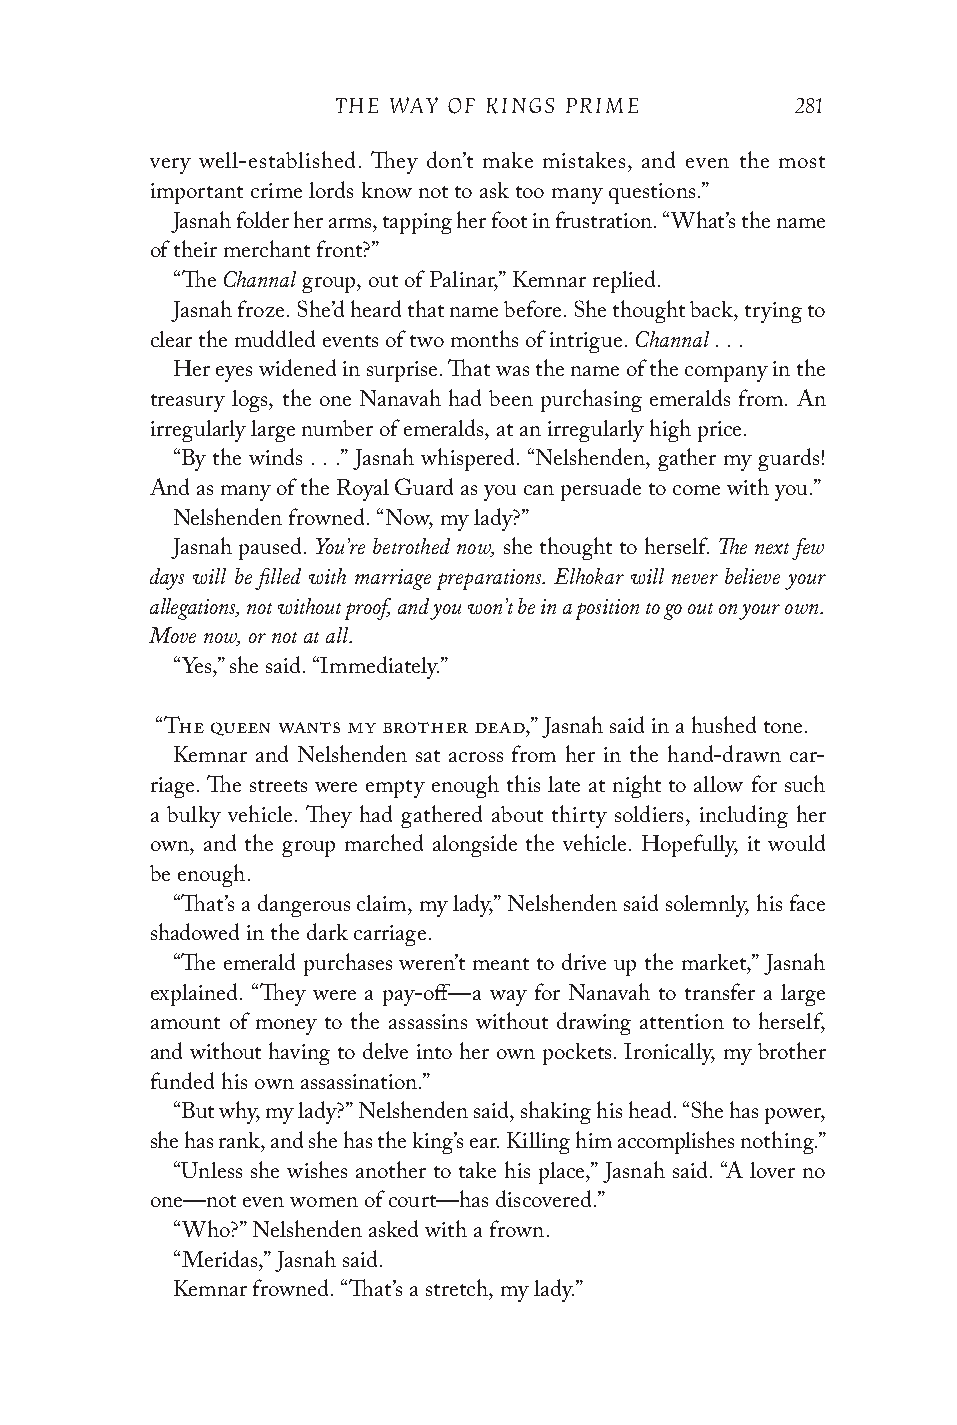
THE WAY OF KINGS PRIME         281
 very well-established. They don’t make mistakes, and even the most
 important crime lords know not to ask too many questions.”
 Jasnah folder her arms, tapping her foot in frustration. “What’s the name
 of their merchant front?”
 Channal
 “The     group, out of Palinar,” Kemnar replied.
 Jasnah froze. She’d heard that name before. She thought back, trying to
 Channal
 clear the muddled events of two months of intrigue. . . .
 Her eyes widened in surprise. That was the name of the company in the
 treasury logs, the one Nanavah had been purchasing emeralds from. An
 irregularly large number of emeralds, at an irregularly high price.
 “By the winds . . .” Jasnah whispered. “Nelshenden, gather my guards!
 And as many of the Royal Guard as you can persuade to come with you.”
 Nelshenden frowned. “Now, my lady?”
 You’re betrothed now,     The next few
 Jasnah paused.        she thought to herself.
 days will be filled with marriage preparations. Elhokar will never believe your
 allegations, not without proof, and you won’t be in a position to go out on your own.
 Move now, or not at all.
 “Yes,” she said. “Immediately.”
 “The queen wants my brother dead,” Jasnah said in a hushed tone.
 Kemnar and Nelshenden sat across from her in the hand-drawn car-
 riage. The streets were empty enough this late at night to allow for such
 a bulky vehicle. They had gathered about thirty soldiers, including her
 own, and the group marched alongside the vehicle. Hopefully, it would
 be enough.
 “That’s a dangerous claim, my lady,” Nelshenden said solemnly, his face
 shadowed in the dark carriage.
 “The emerald purchases weren’t meant to drive up the market,” Jasnah
 explained. “They were a pay-off—a way for Nanavah to transfer a large
 amount of money to the assassins without drawing attention to herself,
 and without having to delve into her own pockets. Ironically, my brother
 funded his own assassination.”
 “But why, my lady?” Nelshenden said, shaking his head. “She has power,
 she has rank, and she has the king’s ear. Killing him accomplishes nothing.”
 “Unless she wishes another to take his place,” Jasnah said. “A lover no
 one—not even women of court—has discovered.”
 “Who?” Nelshenden asked with a frown.
 “Meridas,” Jasnah said.
 Kemnar frowned. “That’s a stretch, my lady.”